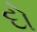
દો